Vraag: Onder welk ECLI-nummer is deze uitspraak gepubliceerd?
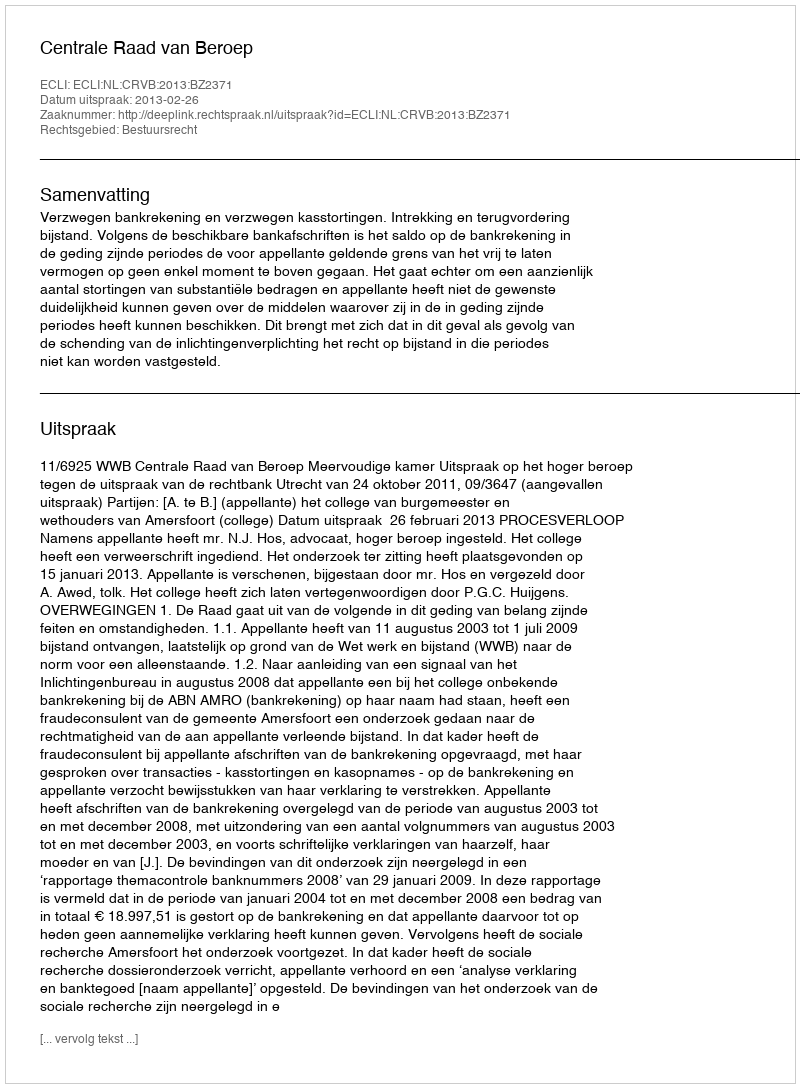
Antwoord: ECLI:NL:CRVB:2013:BZ2371